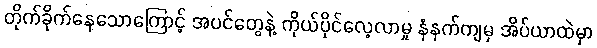
တိုက်ခိုက်နေသောကြောင့် အပင်တွေနဲ့ ကိုယ်ပိုင်လေ့လာမှု နံနက်ကျမှ အိပ်ယာထဲမှာ